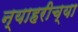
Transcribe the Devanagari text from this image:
न्याहरीच्या